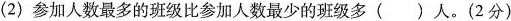
(2)参加人数最多的班级比参加人数最少的班级多()人。(2分)